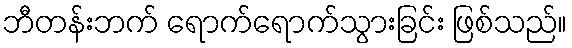
ဘီတန်းဘက် ရောက်ရောက်သွားခြင်း ဖြစ်သည်။